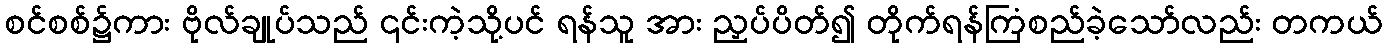
စင်စစ်၌ကား ဗိုလ်ချုပ်သည် ၎င်းကဲ့သို့ပင် ရန်သူ အား ညှပ်ပိတ်၍ တိုက်ရန်ကြံစည်ခဲ့သော်လည်း တကယ်